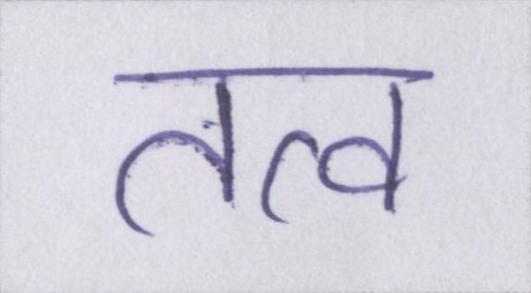
तत्व